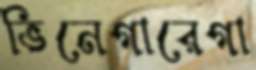
ভিনেগারেগা